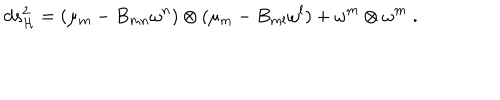
d s _ { \cal H } ^ { 2 } = ( \mu _ { m } - B _ { m n } \omega ^ { n } ) \otimes ( \mu _ { m } - B _ { m l } \omega ^ { l } ) + \omega ^ { m } \otimes \omega ^ { m } \; .